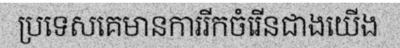
ប្រទេសគេមានការរីកចំរើនជាងយើង